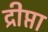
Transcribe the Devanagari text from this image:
द्रीप्ता